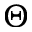
\Theta